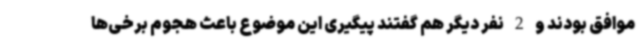
موافق بودند و 2 نفر دیگر هم گفتند پیگیری این موضوع باعث هجوم برخی‌ها